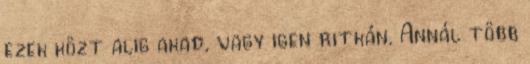
ezek közt alig akad, vagy igen ritkán. Annál több